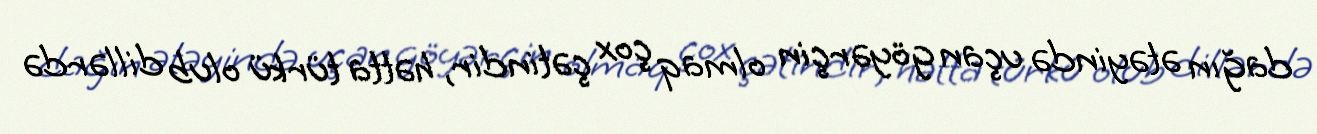
dağın ətəyində uçan göyərçin olmaq çox çətindir, hətta türkü olub dillərdə